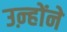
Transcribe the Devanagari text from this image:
उऩ्होंने